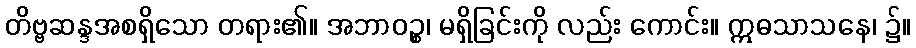
တိဗ္ဗဆန္ဒအစရှိသော တရား၏။ အဘာဝဉ္စ၊ မရှိခြင်းကို လည်း ကောင်း။ ဣဓသာသနေ၊ ၌။